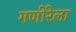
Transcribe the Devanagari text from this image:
गणोरेला